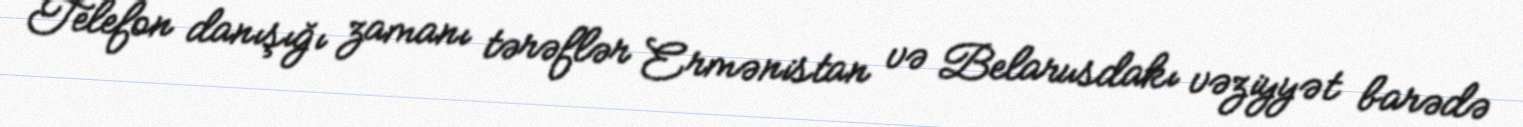
Telefon danışığı zamanı tərəflər Ermənistan və Belarusdakı vəziyyət barədə